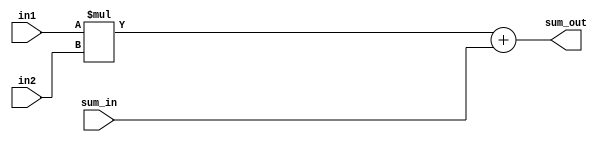
module multiplier_adder 
#(  parameter pDATA_WIDTH = 32
)
(
    input   wire [(pDATA_WIDTH-1):0] in1,
    input   wire [(pDATA_WIDTH-1):0] in2,
    input   wire [(pDATA_WIDTH-1):0] sum_in,
    output  wire [(pDATA_WIDTH-1):0] sum_out
);

wire [(2*pDATA_WIDTH-1):0] product;

assign product = in1*in2; // Multiplier*1
assign sum_out = product[(pDATA_WIDTH-1):0]+sum_in; // Adder*1

endmodule